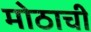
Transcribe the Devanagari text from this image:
मोठाची